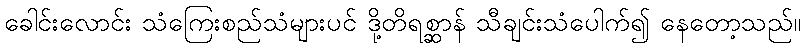
ခေါင်းလောင်း သံကြေးစည်သံများပင် ဒို့တိရစ္ဆာန် သီချင်းသံပေါက်၍ နေတော့သည်။